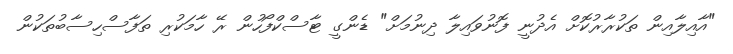
"އާއިލާއިން ތަކުރާރުކޮށް އެދުނީ ފޮނުވައިލާ ދިނުމަށް" ޑެންގީ ޓާސްކްފޯހުން ރޭ ހާމަކުރި ތަފާސްހިސާބުތަކުން